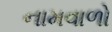
નામવાળો